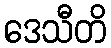
ဒေသီတိ